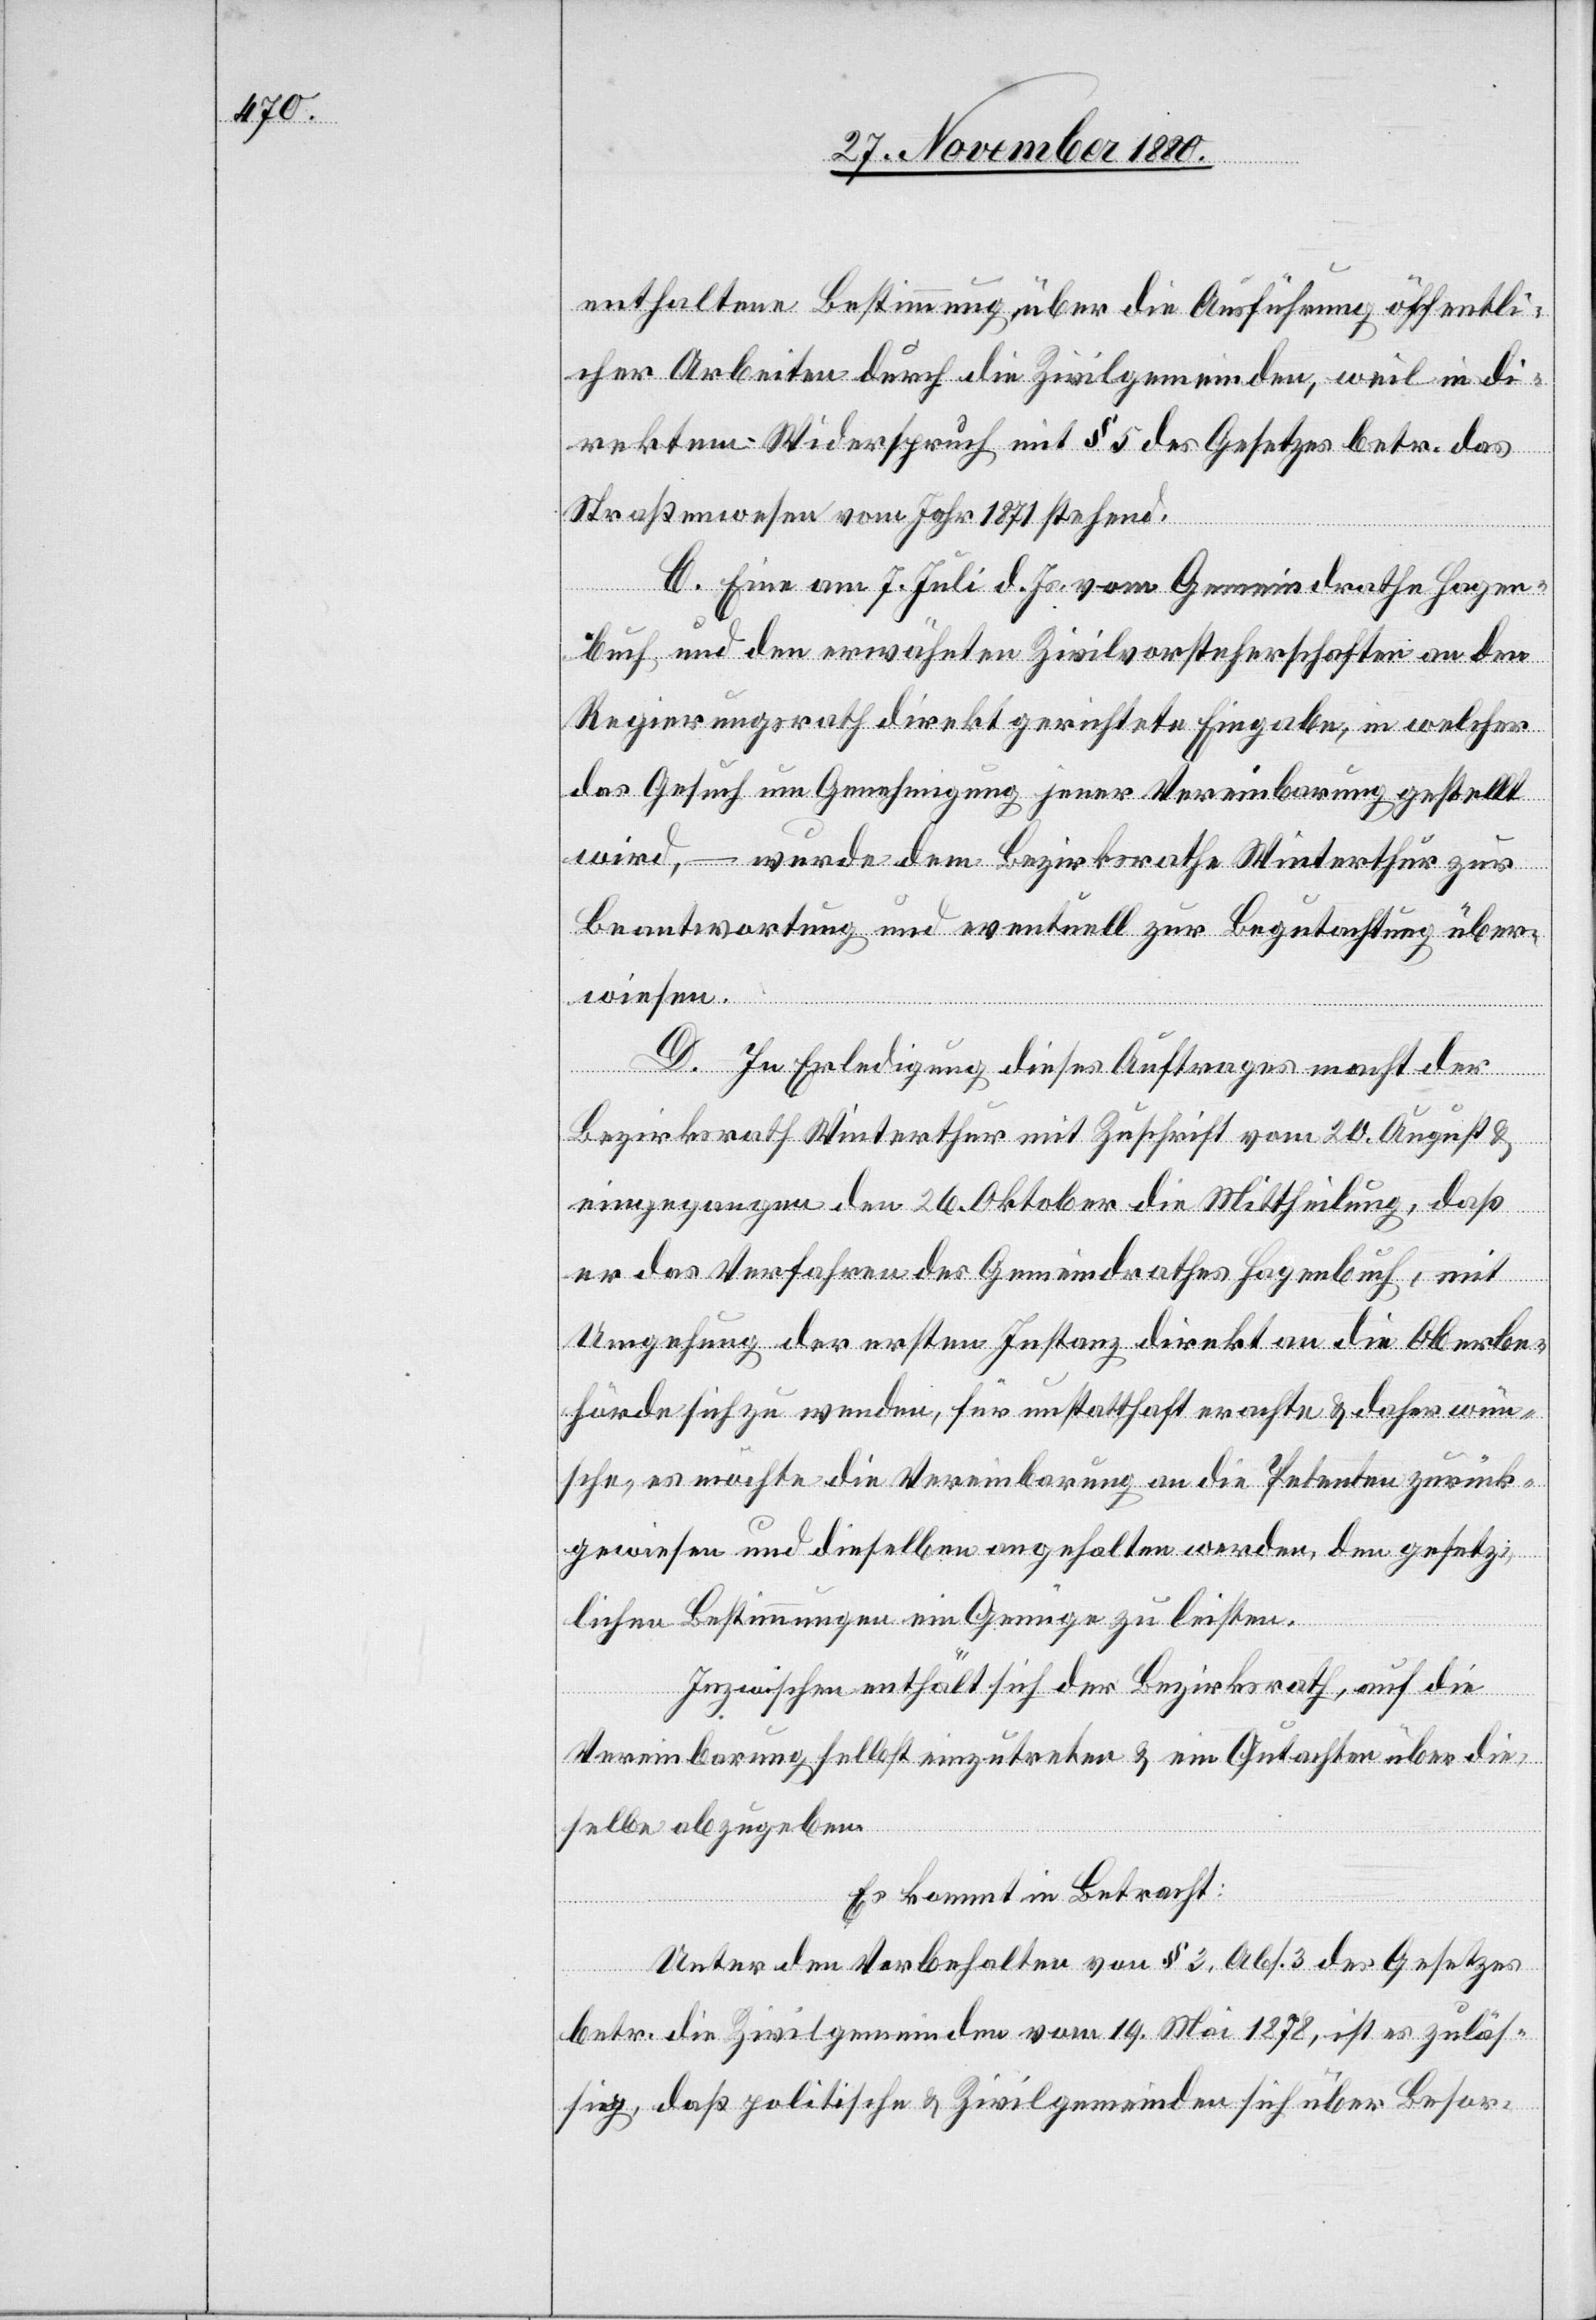
enthaltene Bestimmung über die Ausführung öffentli¬
cher Arbeiten durch die Zivilgemeinden, weil in di¬
rektem Widerspruch mit § 5 des Gesetzes betr. das
Straßenwesen vom Jahr 1871 stehend.
C. Eine am 7. Juli d. Js. vom Gemeindrathe Hagen¬
buch und den erwähnten Zivilvorsteherschaften an den
Regierungsrath direkt gerichtete Eingabe, in welcher
das Gesuch um Genehmigung jener Vereinbarung gestellt
wird, – wurde dem Bezirksrathe Winterthur zur
Beantwortung und eventuell zur Begutachtung über¬
wiesen.
D. In Erledigung dieses Auftrages macht der
Bezirksrath Winterthur mit Zuschrift vom 20. August &
eingegangen den 26. Oktober die Mittheilung, daß
er das Verfahren des Gemeindrathes Hagenbuch, mit
Umgehung der ersten Instanz direkt an die Oberbe¬
hörden sich zu wenden, für unstatthaft erachte & daher wün¬
sche, es möchte die Vereinbarung an die Petenten zurück¬
gewiesen und dieselben angehalten werden, den gesetz¬
lichen Bestimmungen ein Genüge zu leisten.
Inzwischen enthält sich der Bezirksrath, auf die
Vereinbarung selbst einzutreten & ein Gutachten über die¬
selbe abzugeben.
Es kommt in Betracht:
Unter den Vorbehalten von § 3, Abs. 3 des Gesetzes
betr. die Zivilgemeinden vom 19. Mai 1878, ist es zuläs¬
sig, daß politische & Zivilgemeinden sich über Besor-